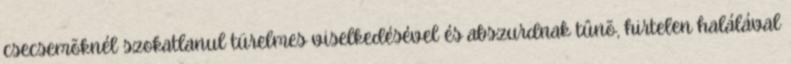
csecsemõknél szokatlanul türelmes viselkedésével és abszurdnak tûnõ, hirtelen halálával